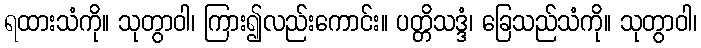
ရထားသံကို။ သုတွာဝါ၊ ကြား၍လည်းကောင်း။ ပတ္တိသဒ္ဒံ၊ ခြေသည်သံကို။ သုတွာဝါ၊